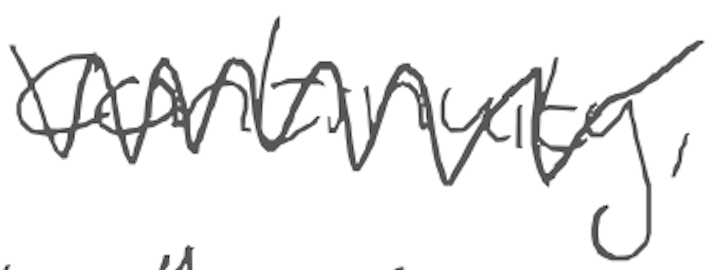
Text: continuity,
Cross-out: zig-zag
Writing tool: digital_gray